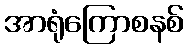
အာရုံကြောစနစ်